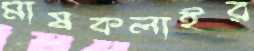
মাষকলাইর